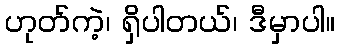
ဟုတ်ကဲ့၊ ရှိပါတယ်၊ ဒီမှာပါ။